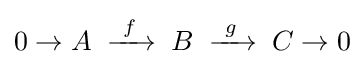
0\to A\;\xrightarrow {\ f\ } \;B\;\xrightarrow {\ g\ } \;C\to 0